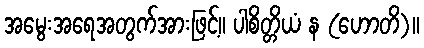
အမွေးအရေအတွက်အားဖြင့်။ ပါစိတ္တိယံ န (ဟောတိ)။